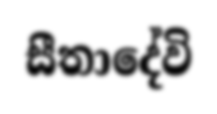
සීතාදේවි